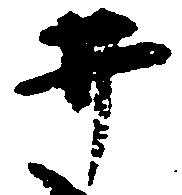
井